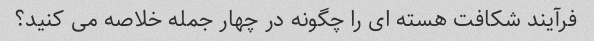
فرآیند شکافت هسته ای را چگونه در چهار جمله خلاصه می کنید؟